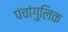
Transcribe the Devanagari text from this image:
पंचांगुलिक